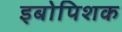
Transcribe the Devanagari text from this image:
इबोपिशक